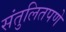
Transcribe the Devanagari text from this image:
संतुलितपणे